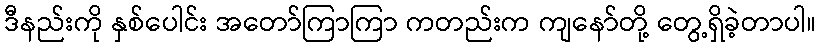
ဒီနည်းကို နှစ်ပေါင်း အတော်ကြာကြာ ကတည်းက ကျနော်တို့ တွေ့ရှိခဲ့တာပါ။